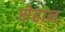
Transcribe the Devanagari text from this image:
सेहान